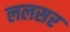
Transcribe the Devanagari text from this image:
ललसर